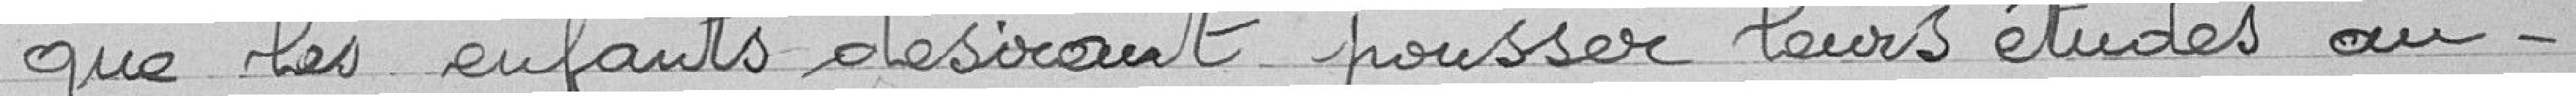
Que les enfants désirant pousser leurs études au-